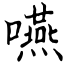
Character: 嚥